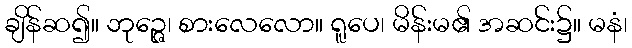
ချိန်ဆ၍။ ဘုဉ္ဇေ၊ စားလေလော။ ရူပေ၊ မိန်းမ၏ အဆင်း၌။ မနံ၊